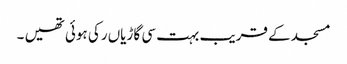
مسجد کے قریب بہت سی گاڑیاں رکی ہوئی تھیں ۔